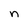
Character: n